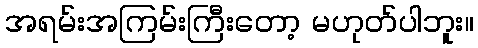
အရမ်းအကြမ်းကြီးတော့ မဟုတ်ပါဘူး။